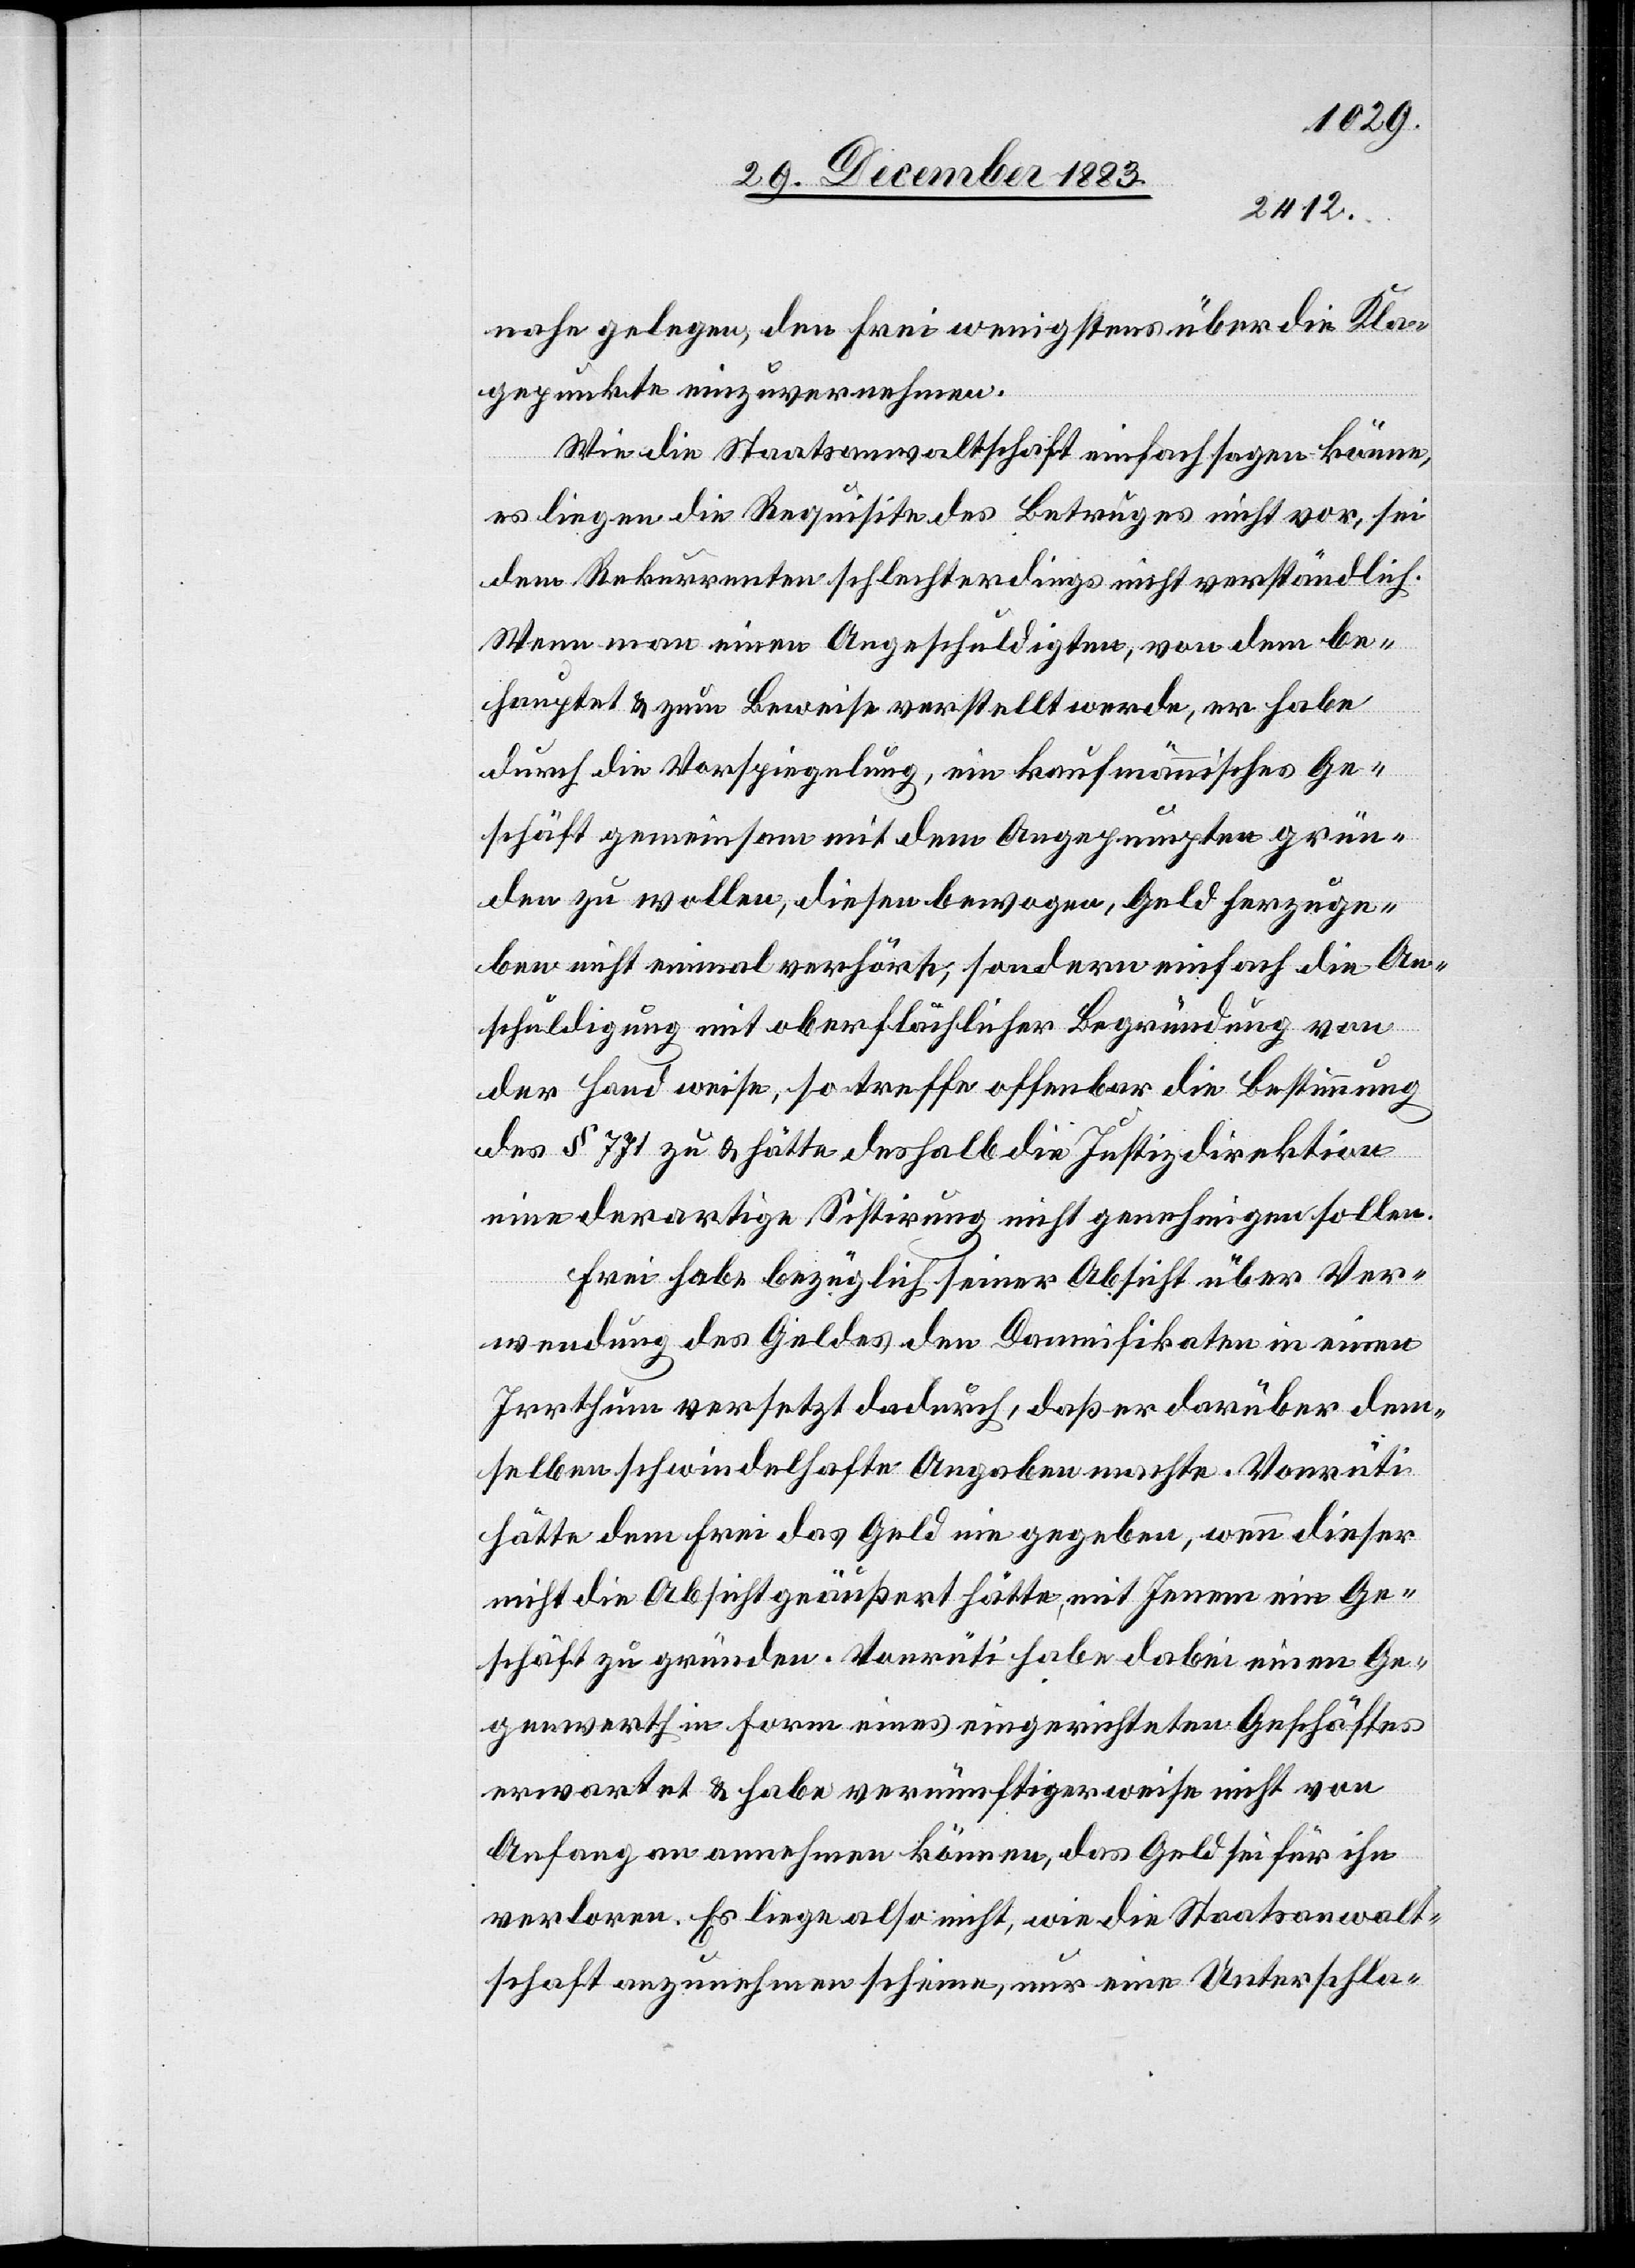
nahe gelegen, den Frei wenigstens über die Kla¬
gepunkte einzuvernehmen.
Wie die Staatsanwaltschaft einfach sagen könne,
es liegen die Requisite des Betruges nicht vor, sei
dem Rekurrenten schlechterdings nicht verständlich.
Wenn man einen Angeschuldigten, von dem be¬
hauptet & zum Beweise verstellt werde, er habe
durch die Vorspiegelung, ein kaufmännisches Ge¬
schäft gemeinsam mit dem Angepumpten grün¬
den zu wollen, diesen bewogen, Geld herzuge¬
ben nicht einmal verhört, sondern einfach die An¬
schuldigung mit oberflächlicher Begründung von
der Hand weise, so treffe offenbar die Bestimmung
des § 771 zu & hätte deshalb die Justizdirektion
eine derartige Sistirung nicht genehmigen sollen.
Frei habe bezüglich seiner Absicht über Ver¬
wendung des Geldes den Damnifikaten in einen
Irrthum versetzt dadurch, daß er darüber dem¬
selben schwindelhafte Angaben machte. Vonrüti
hätte dem Frei das Geld nie gegeben, wenn dieser
nicht die Absicht geäußert hätte, mit Jenem ein Ge¬
schäft zu gründen. Vonrüti habe dabei einen Ge¬
genwerth in Form eines eingerichteten Geschäftes
erwartet & habe vernünftigerweise nicht von
Anfang an annehmen können, das Geld sei für ihn
verloren. Es liege also nicht, wie die Staatsanwalt¬
schaft anzunehmen scheine, nur eine Unterschla-